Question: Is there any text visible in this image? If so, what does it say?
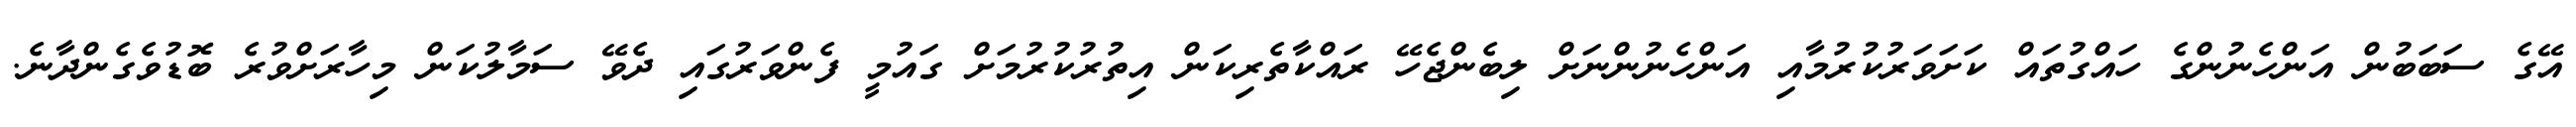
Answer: އޭގެ ސަބަބުން އަންހެނުންގެ ހައްގުތައް ކަށަވަރުކުރުމާއި އަންހެނުންނަށް ލިބެންޖެހޭ ރައްކާތެރިކަން އިތުރުކުރުމަށް ގައުމީ ފެންވަރުގައި ދެވޭ ސަމާލުކަން މިހާރަށްވުރެ ބޮޑުވެގެންދާނެ.